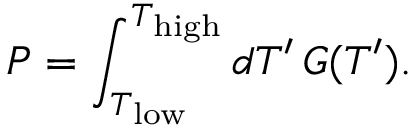
P = \int _ { T _ { \mathrm { l o w } } } ^ { T _ { \mathrm { h i g h } } } \mathop { d T ^ { \prime } } G ( T ^ { \prime } ) .